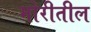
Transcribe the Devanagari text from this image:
मोरीतील